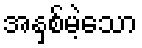
အနှစ်မဲ့သော